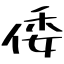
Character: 倭